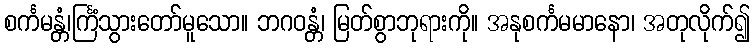
စင်္ကမန္တံ၊င်္ကြံသွားတော်မူသော။ ဘဂဝန္တံ၊ မြတ်စွာဘုရားကို။ အနုစင်္ကမမာနော၊ အတုလိုက်၍